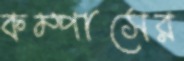
কম্পাসের